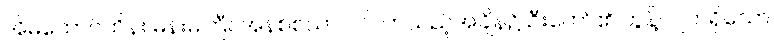
အိမ်ထောင်ထိန်း မိန်းမကြီး အနစ်စယာ ဝင်လာသည့်အချိန်၌ ဦးတော်၏ တွန့်လျက်ရှိသော